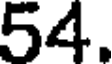
54.